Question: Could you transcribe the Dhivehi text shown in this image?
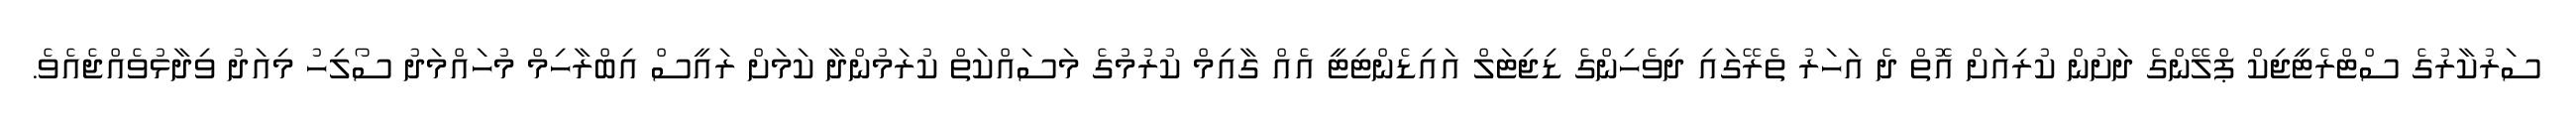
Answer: ސަރުކާރުގެ ސްޓްރެޓީޖިކް ޕްލޭންގެ ދަށުން ކުރިއަށް އޮތް ދެ އަހަރު ތެރޭގައި ދިވެހިންގެ ޑިޖިޓަލް އައިޑެންޓިޓީ އެއް ގާއިމް ކުރުމުގެ މަސައްކަތް ކުރަމުންދާ ކަމަށް ރައީސް އިބްރާހިމް މުހައްމަދު ސޯލިހު މިއަދު ވިދާޅުވެއްޖެއެވެ.